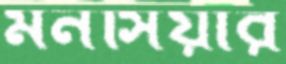
মনসিয়ার